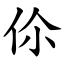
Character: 伱